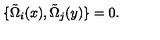
\{ \tilde { \Omega } _ { i } ( x ) , \tilde { \Omega } _ { j } ( y ) \} = 0 .